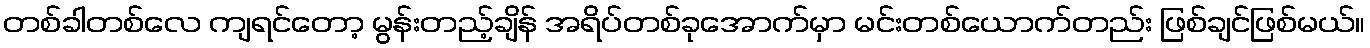
တစ်ခါတစ်လေ ကျရင်တော့ မွန်းတည့်ချိန် အရိပ်တစ်ခုအောက်မှာ မင်းတစ်ယောက်တည်း ဖြစ်ချင်ဖြစ်မယ်။